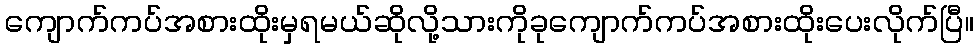
ကျောက်ကပ်အစားထိုးမှရမယ်ဆိုလို့သားကိုခုကျောက်ကပ်အစားထိုးပေးလိုက်ပြီ။